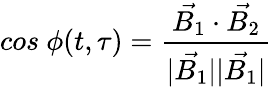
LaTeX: cos\ \phi(t,\tau)=\frac{\vec{B_{1}}\cdot\vec{B_{2}}}{|\vec{B_{1}}||\vec{B_{1}}|}